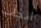
انجاب